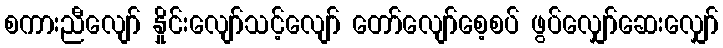
စကားညီလျော် နှိုင်းလျော်သင့်လျော် တော်လျော်စေ့စပ် ဖွပ်လျှော်ဆေးလျှော်